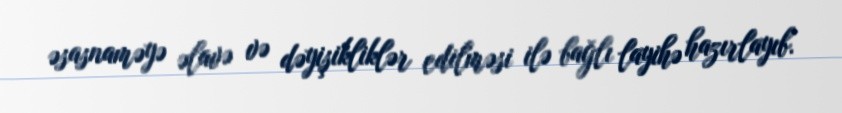
əsasnaməyə əlavə və dəyişikliklər edilməsi ilə bağlı layihə hazırlayıb.